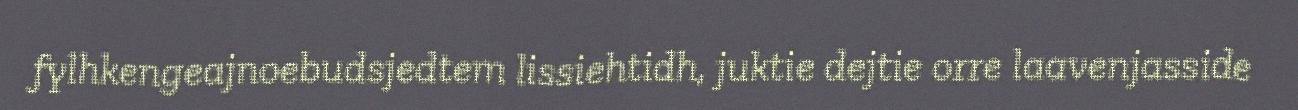
fylhkengeajnoebudsjedtem lissiehtidh, juktie dejtie orre laavenjasside